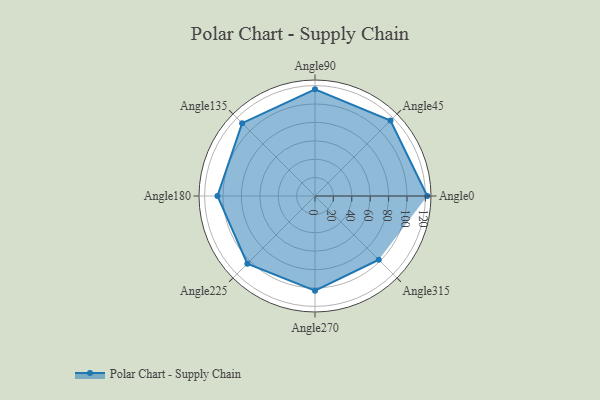
{"axis": {"x": "Angle", "y": "Radius"}, "legend": [""], "data": [{"x": "Angle0", "y": 122.0, "type": ""}, {"x": "Angle45", "y": 116.0, "type": ""}, {"x": "Angle90", "y": 116.0, "type": ""}, {"x": "Angle135", "y": 112.0, "type": ""}, {"x": "Angle180", "y": 106.0, "type": ""}, {"x": "Angle225", "y": 104.0, "type": ""}, {"x": "Angle270", "y": 103.0, "type": ""}, {"x": "Angle315", "y": 98.0, "type": ""}]}